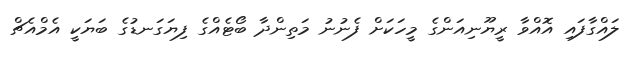
ލައްގާފައި އޮއްވާ ރީޔޫނިއަންގެ މީހަކަށް ފެނުނު މަތިންދާ ބޯޓެއްގެ ފިޔަގަނޑުގެ ބަޔަކީ އެމްއެޗް